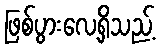
ဖြစ်ပွားလေ့ရှိသည့်